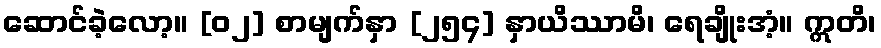
ဆောင်ခဲ့လော့။ [၀၂] စာမျက်နှာ [၂၅၄] နှာယိဿာမိ၊ ရေချိုးအံ့။ ဣတိ၊